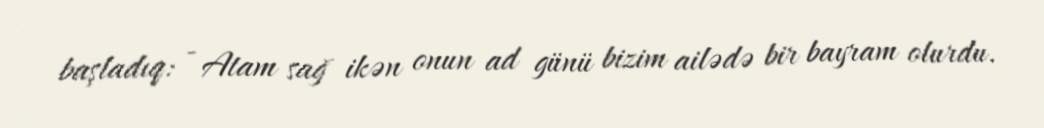
başladıq: - Atam sağ ikən onun ad günü bizim ailədə bir bayram olurdu.